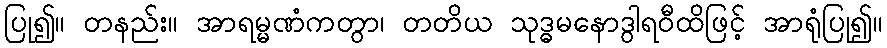
ပြု၍။ တနည်း။ အာရမ္မဏံကတွာ၊ တတိယ သုဒ္ဓမနောဒွါရဝီထိဖြင့် အာရုံပြု၍။